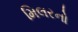
મિલરનો